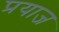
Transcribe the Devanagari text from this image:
प्रयाज